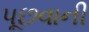
પૂછવાની